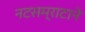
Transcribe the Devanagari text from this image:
नटसम्राटाने